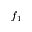
f _ { 1 }